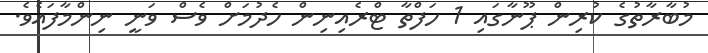
މުބާރާތުގެ ކުރިން ޕޫނާގައި 1 ހަފްތާ ޓްރެއިނިން ހެދުމަށް ވެސް ވަނީ ނިންމާފައެވެ.